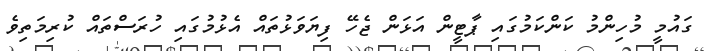
ގައުމީ މުހިންމު ކަންކަމުގައި ޕާޓީން އަޅަން ޖެހޭ ފިޔަވަޅުތައް އެޅުމުގައި ހުރަސްތައް ކުރިމަތިވެ